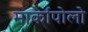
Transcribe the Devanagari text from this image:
मार्कापोलो